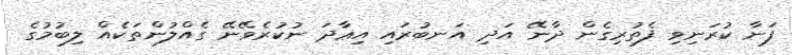
ފަނާ ކުރަނިވި ފެތުރިގެން ދާނޭ އަދި އަނބުރައި އިޢާދަ ނުކުރެވޭނޭ ގެއްލުންތަކެއް ލިބުމުގެ